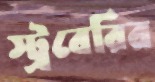
স্ট্রবেরির